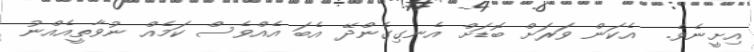
އިށީނެވެ.  އެކަން ވަރަށް ބޮޑަށް އެނގިގެންދޭ އެބަ އެއްވެސް ކަމެއް ނުވާތީއެއްނު